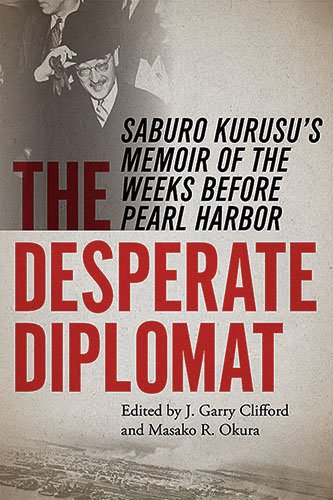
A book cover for The Desperate Diplomat: Saburo Kurusu's Memoir of the Weeks before Pearl Harbor; Biographies & Memoirs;